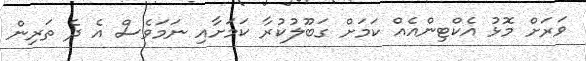
ވަރަށް މޮޅު އެކްޓިންއެއް ކަމަށް ގަބޫލުކުރާ ކަމަށާއި ނަމަވެސް އެ ދެ ތަރިން